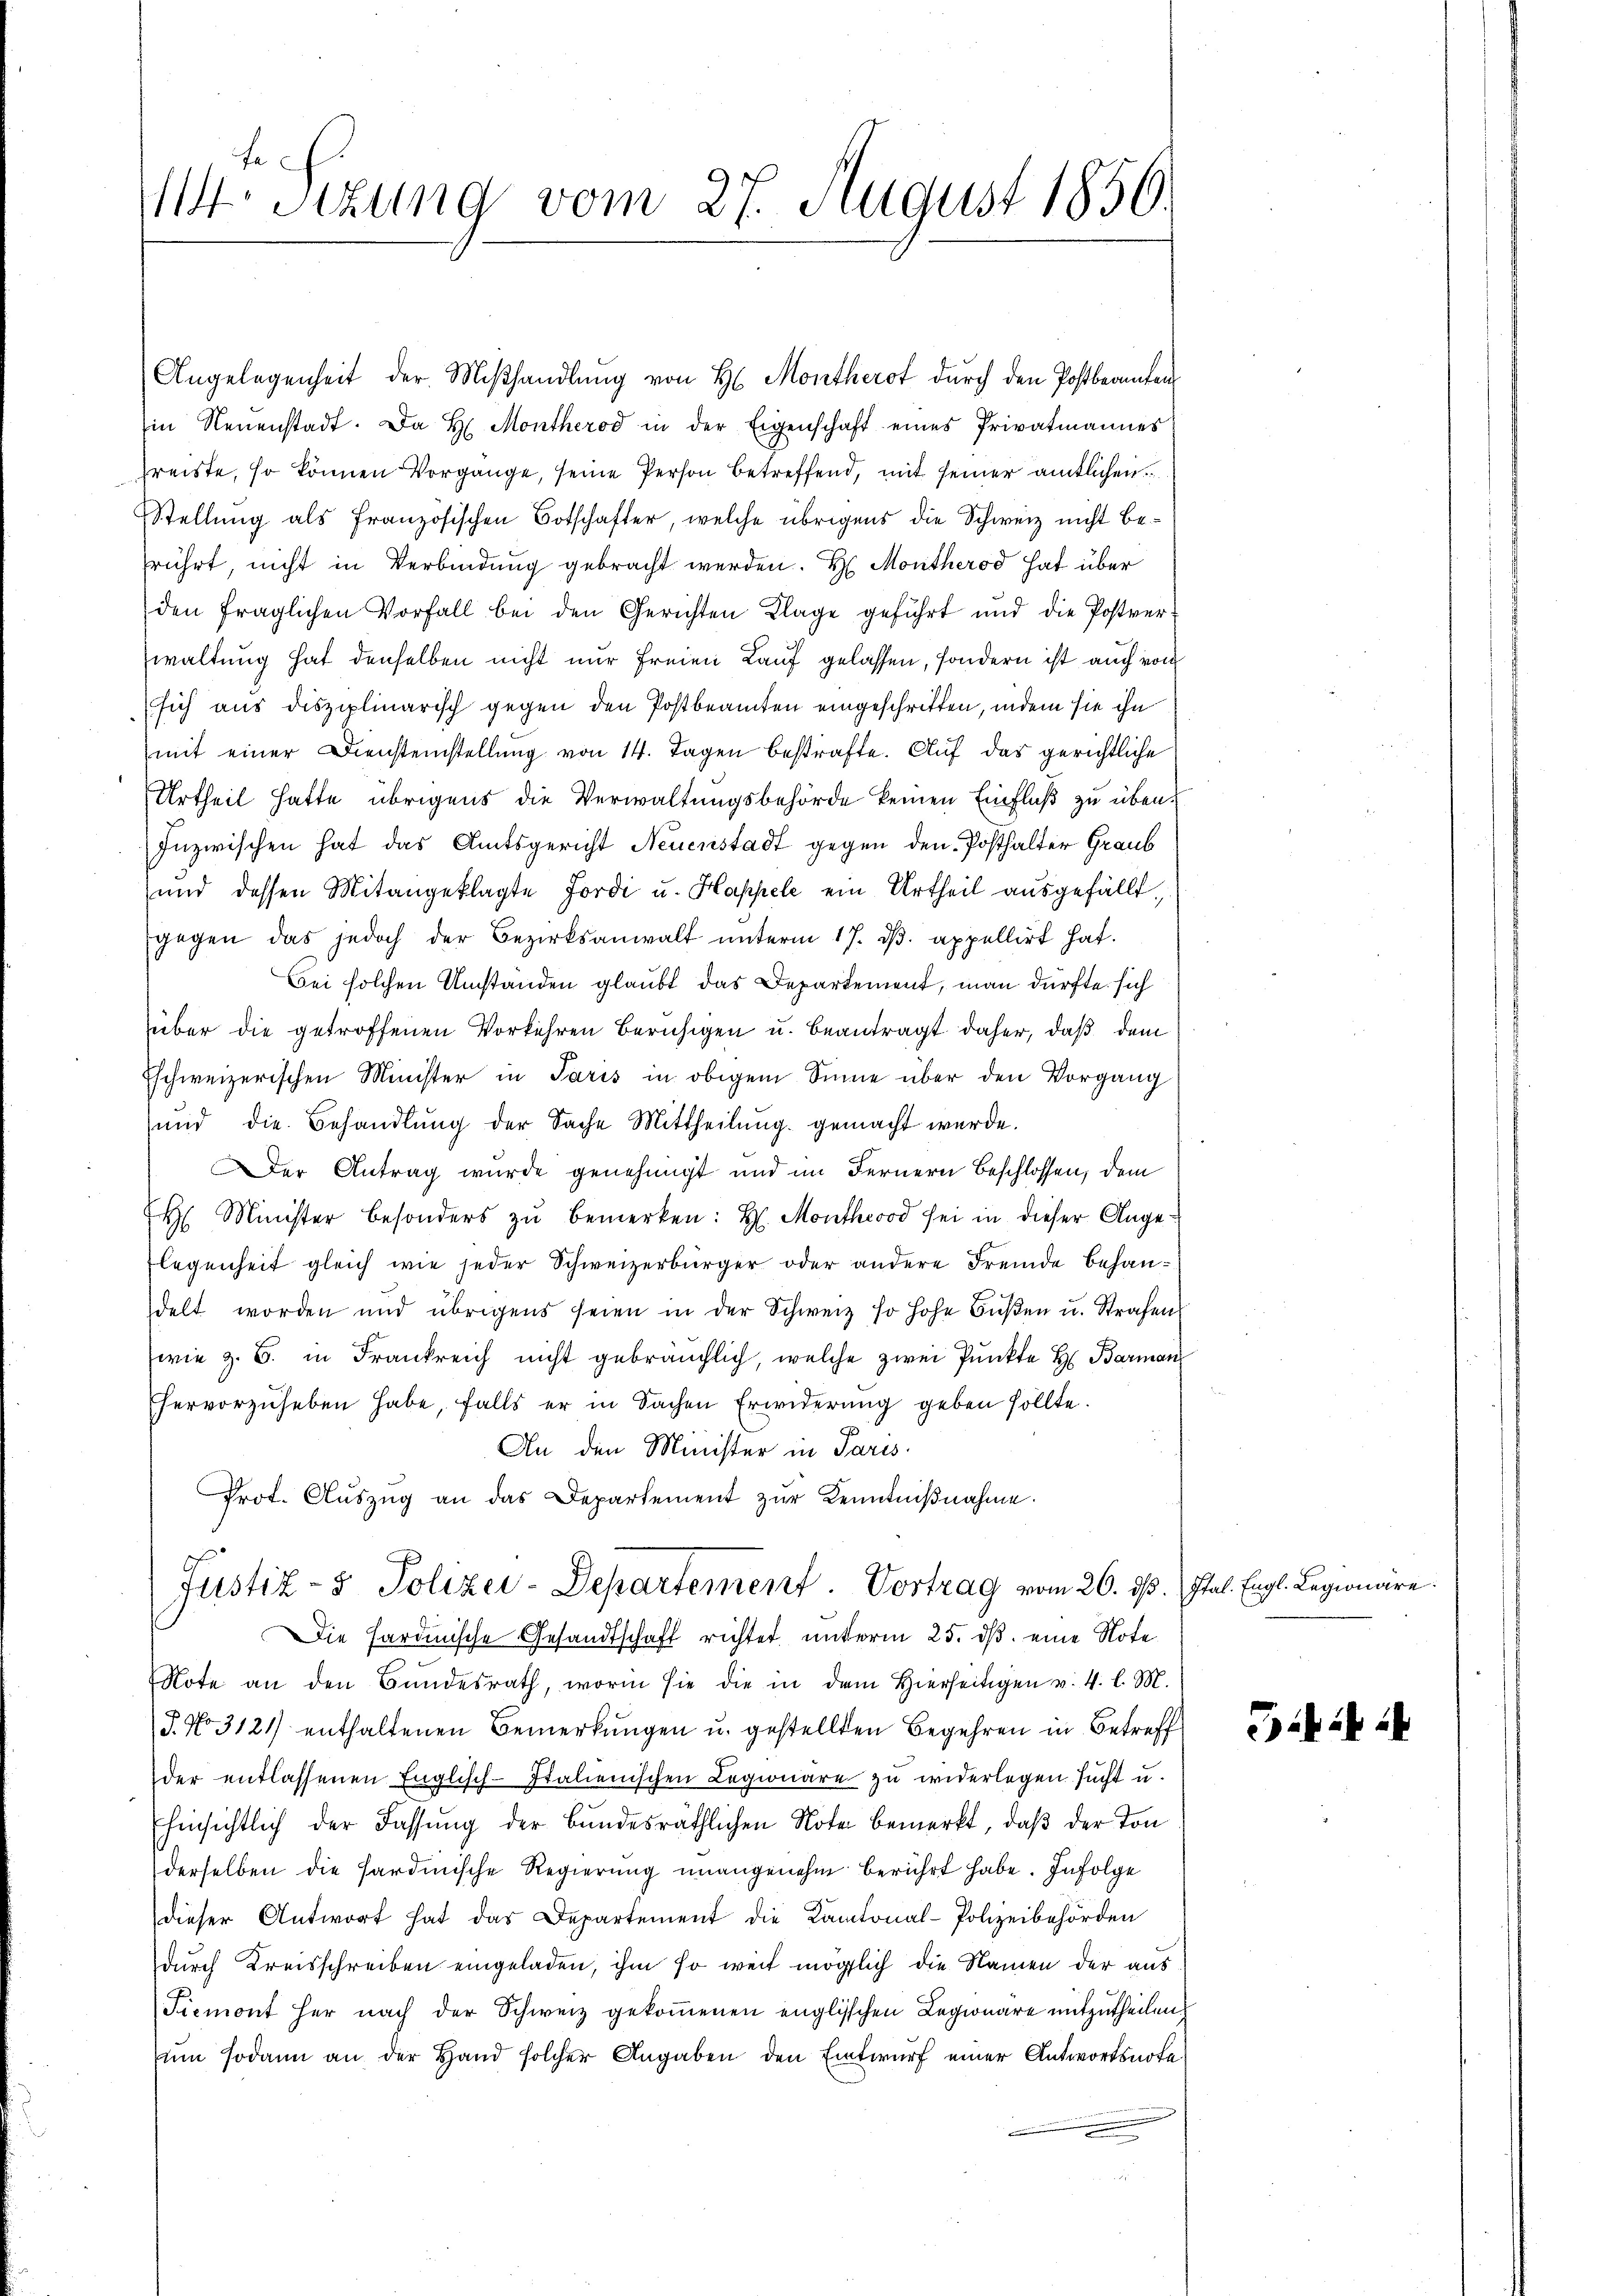
Stzung vom 27. August 1850.

Angelegenheit der Mißhandlung von H. Monthero durch den Postbeamten
in Neuenstadt. Da H. Montherod in der Eigenschaft eines Privatmannes
reiste, so können Vorgänge, seine Person betreffend, mit seiner amtlichen
Stellung als französischen Botschafter, welche übrigens die Schweiz nicht berührt, nicht in Verbindung gebracht werden. H. Monthero hat über
den fraglichen Vorfall bei den Gerichten Klage geführt und die Postver-
waltung hat denselben nicht nur freien Lauf gelassen, sondern ist auch von
sich aus disziplinarisch gegen den Postbeamten eingeschritten, indem sie ihn
mit einer Diensteinstellung von 14. Tagen bestrafte. Auf das gerichtliche
Urtheil hatte übrigens die Verwaltungsbehörde keinen Einfluß zu üben¬
Inzwischen hat das Amtsgericht Neuenstadt gegen den Posthalter Graub
und dessen Mitangeklagte Jordi u. Happele ein Urtheil ausgefällt,
gegen das jedoch der Bezirksanwalt unterm 17. dβ. appellirt hat.
Bei solchen Umstanden glaubt das Departement, man dürfte sich
über die getroffenen Vorkehren beruhigen u. beantragt daher, daß dem
Eschweizerischen Minister in Paris in obigem Sinne über den Vorgang
und die Behandlŭng der Sache Mittheilŭng gemacht werde.
Der Antrag wurde genehmigt und im Fernern beschlossen, dem
 Minister besonders zu bemerken: H. Montheood sei in dieser Ange¬
Flegenheit gleich wie jeder Schweizerbürger oder andere Fremde behandelt worden und übrigens seien in der Schweiz so hohe Bŭβen u. Strafens
(wie z. B. in Frankreich nicht gebräuchlich, welche zwei Punkte H. Barman
Ehervorzuheben habe, falls er in Sachen Erwiderung geben sollte.
An den Minister in Paris.
Prot. Aŭszŭg an das Departement zŭr Kenntniβnahme.
Justiz- & Polizei-Departement. Vortrag vom 26. ds. Stal. Engl. Legionäre.
Die Sardinische Gesandtschaft richtet unterm 25. ds. eine Note
Note an den Bundesrath, worin sie die in dem hierseitigen v. 4. l. M.
P. No 3121) enthaltenen Bemerkungen u. gestellten Begehren in Betreff
der entlassenen Englisch-Italienischen Legionare zu widerlegen sucht u.
Ehinsichtlich der Fassung der Bundesräthlichen Note bemerkt, daβ der Ton
derselben die Sardinische Regierung unangenehm berührt habe. Infolge
dieser Antwort hat das Departement die Kantonal-Polizeibehörden
durch Kreisschreiben eingeladen, ihm so weit möglich die Namen der aus
Piemont her nach der Schweiz gekoṁenen englischen Legionare mitzutheilen.
sum sodann an der Hand solcher Angaben den Entwurf einer Antwortsnota¬

ii i